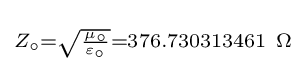
\scriptstyle {Z_{\circ }={\sqrt {\mu _{\circ } \over \varepsilon _{\circ }}}=376.730313461\ \Omega }